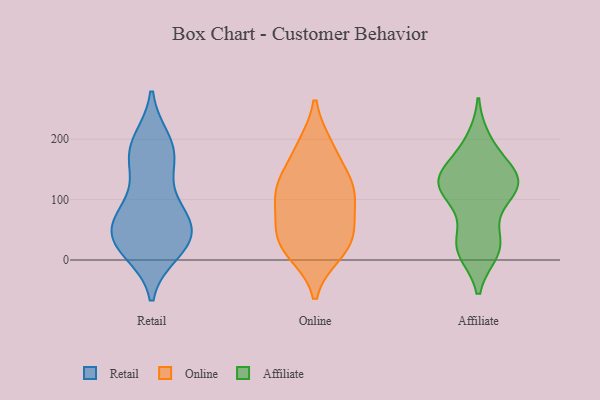
{"axis": {"x": "Bounce Rate (%)", "y": "Value"}, "legend": ["Affiliate", "Online", "Retail"], "data": [{"x": "", "y": 32, "type": "Retail"}, {"x": "", "y": 81, "type": "Retail"}, {"x": "", "y": 74, "type": "Retail"}, {"x": "", "y": 197, "type": "Retail"}, {"x": "", "y": 70, "type": "Retail"}, {"x": "", "y": 15, "type": "Retail"}, {"x": "", "y": 164, "type": "Retail"}, {"x": "", "y": 38, "type": "Retail"}, {"x": "", "y": 178, "type": "Retail"}, {"x": "", "y": 38, "type": "Retail"}, {"x": "", "y": 80, "type": "Retail"}, {"x": "", "y": 27, "type": "Retail"}, {"x": "", "y": 192, "type": "Retail"}, {"x": "", "y": 28, "type": "Retail"}, {"x": "", "y": 151, "type": "Retail"}, {"x": "", "y": 113, "type": "Online"}, {"x": "", "y": 130, "type": "Online"}, {"x": "", "y": 189, "type": "Online"}, {"x": "", "y": 115, "type": "Online"}, {"x": "", "y": 43, "type": "Online"}, {"x": "", "y": 71, "type": "Online"}, {"x": "", "y": 77, "type": "Online"}, {"x": "", "y": 12, "type": "Online"}, {"x": "", "y": 36, "type": "Online"}, {"x": "", "y": 141, "type": "Online"}, {"x": "", "y": 189, "type": "Online"}, {"x": "", "y": 11, "type": "Online"}, {"x": "", "y": 31, "type": "Online"}, {"x": "", "y": 113, "type": "Online"}, {"x": "", "y": 26, "type": "Affiliate"}, {"x": "", "y": 18, "type": "Affiliate"}, {"x": "", "y": 198, "type": "Affiliate"}, {"x": "", "y": 116, "type": "Affiliate"}, {"x": "", "y": 142, "type": "Affiliate"}, {"x": "", "y": 125, "type": "Affiliate"}, {"x": "", "y": 115, "type": "Affiliate"}, {"x": "", "y": 144, "type": "Affiliate"}, {"x": "", "y": 192, "type": "Affiliate"}, {"x": "", "y": 56, "type": "Affiliate"}, {"x": "", "y": 107, "type": "Affiliate"}, {"x": "", "y": 116, "type": "Affiliate"}, {"x": "", "y": 119, "type": "Affiliate"}, {"x": "", "y": 20, "type": "Affiliate"}, {"x": "", "y": 152, "type": "Affiliate"}, {"x": "", "y": 130, "type": "Affiliate"}, {"x": "", "y": 20, "type": "Affiliate"}, {"x": "", "y": 14, "type": "Affiliate"}, {"x": "", "y": 147, "type": "Affiliate"}]}